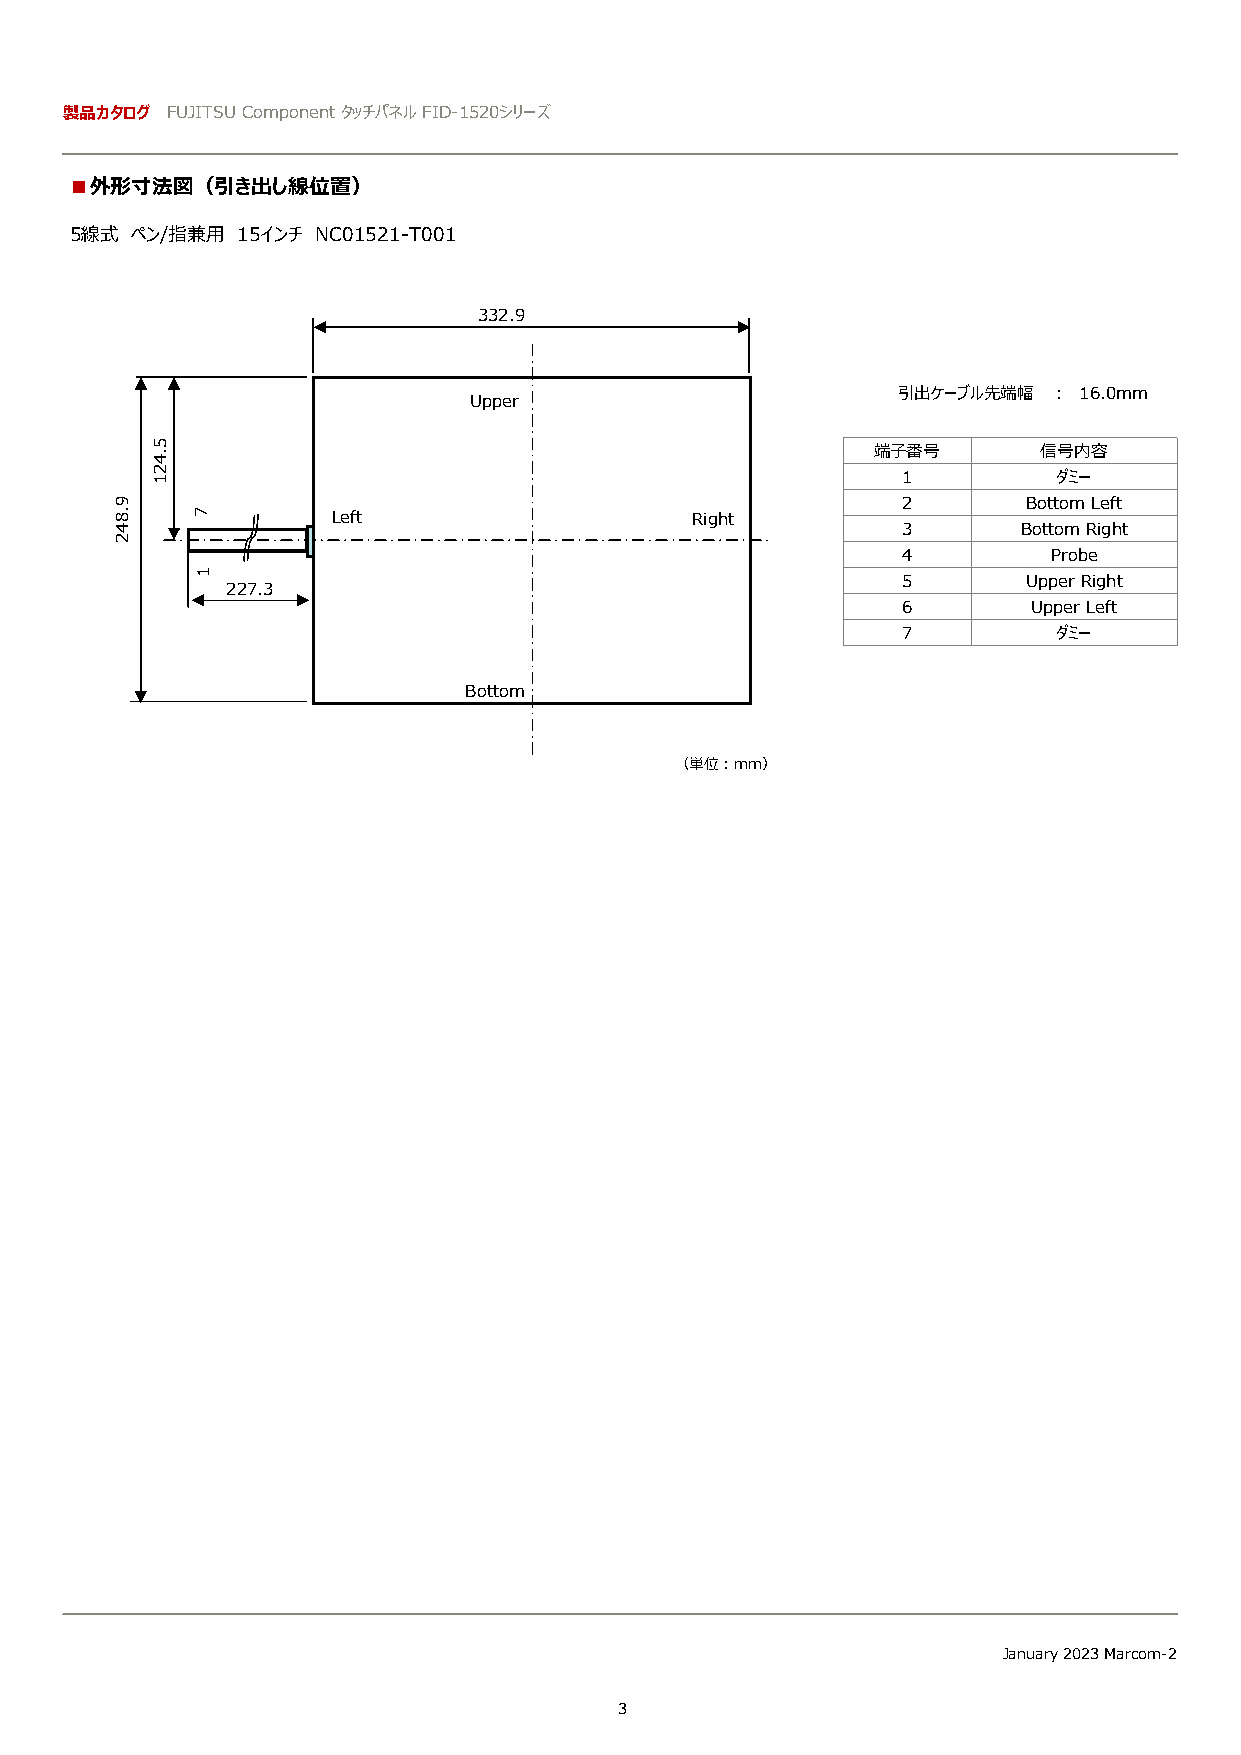
製品カタログ FUJITSU Component タッチパネルFID-1520シリーズ
 ■外形⼨法図（引き出し線位置）
 5線式 ペン/指兼⽤ 15インチ NC01521-T001
 332.9
 引出ケーブル先端幅  ︓ 16.0mm
 Upper
 端⼦番号       信号内容
 1         ダミー
 2       BottomLeft
 Left                    Right
 3       BottomRight
 4         Probe
 5       UpperRight
 227.3
 6       Upper Left
 7         ダミー
 Bottom
 （単位︓mm）
 January 2023 Marcom-2
 3
 9.842
 5.421
 7
 1